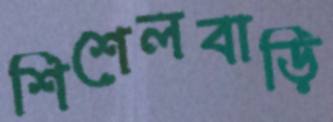
শিশেলবাড়ি